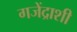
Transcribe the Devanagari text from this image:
गजेंद्राशी